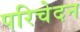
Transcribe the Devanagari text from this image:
परिचेदन